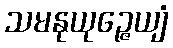
သမနုယုဉ္ဇေယျံ